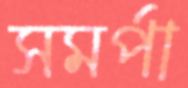
সমর্পা